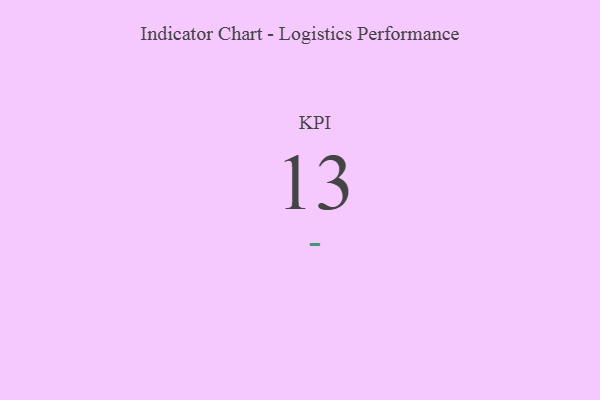
{"axis": {"x": "KPI", "y": "Value"}, "legend": [""], "data": [{"x": "KPI", "y": 13, "type": ""}]}